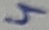
Text: 4